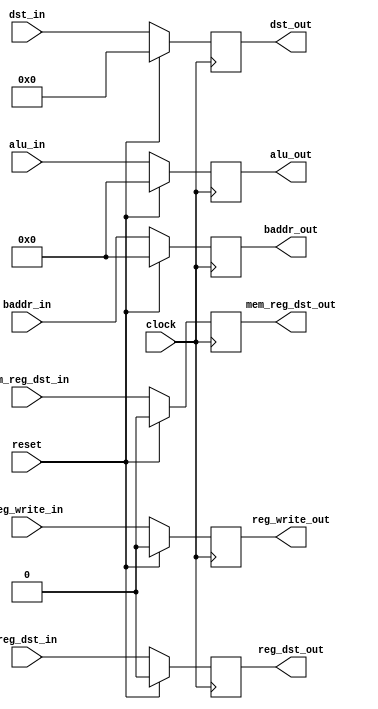
//EX_MEM_pipe.v

module EX_MEM_pipe(
	input wire clock,
	input wire reset,
	
	// non-controller stuff
	input wire [31:0] alu_in,
	input wire [4:0] dst_in,
	
	//controller stuff
	input wire reg_write_in,
	input wire reg_dst_in,
	input wire mem_reg_dst_in,
	output reg reg_dst_out,
	output reg reg_write_out,
	output reg mem_reg_dst_out,
	output reg [31:0] alu_out,
	output reg [4:0] dst_out,
	input wire [31:0] baddr_in,
	output reg [31:0] baddr_out);
	
	initial begin
	
		alu_out = 32'h00000000;
		dst_out = 5'b00000;
		reg_dst_out = 0;
		mem_reg_dst_out = 0;
		reg_write_out = 0;
		baddr_out = 0;
		
	end
	
	always @(posedge clock) begin
	
		if (reset == 1'b1) begin
		
			alu_out <= 32'h00000000;
			dst_out <= 5'b00000;
			reg_dst_out <= 0;
			mem_reg_dst_out <= 0;
			reg_write_out <= 0;
			baddr_out <= 0;
			
		end 
		
		else begin
		
			alu_out <= alu_in;
			dst_out <= dst_in;
			reg_dst_out <= reg_dst_in;
			mem_reg_dst_out <= mem_reg_dst_in;
			reg_write_out <= reg_write_in;
			baddr_out <= baddr_in;
			
		end
		
	end
	
endmodule